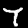
Label: 7